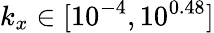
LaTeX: k_{x}\in[10^{-4},10^{0.48}]